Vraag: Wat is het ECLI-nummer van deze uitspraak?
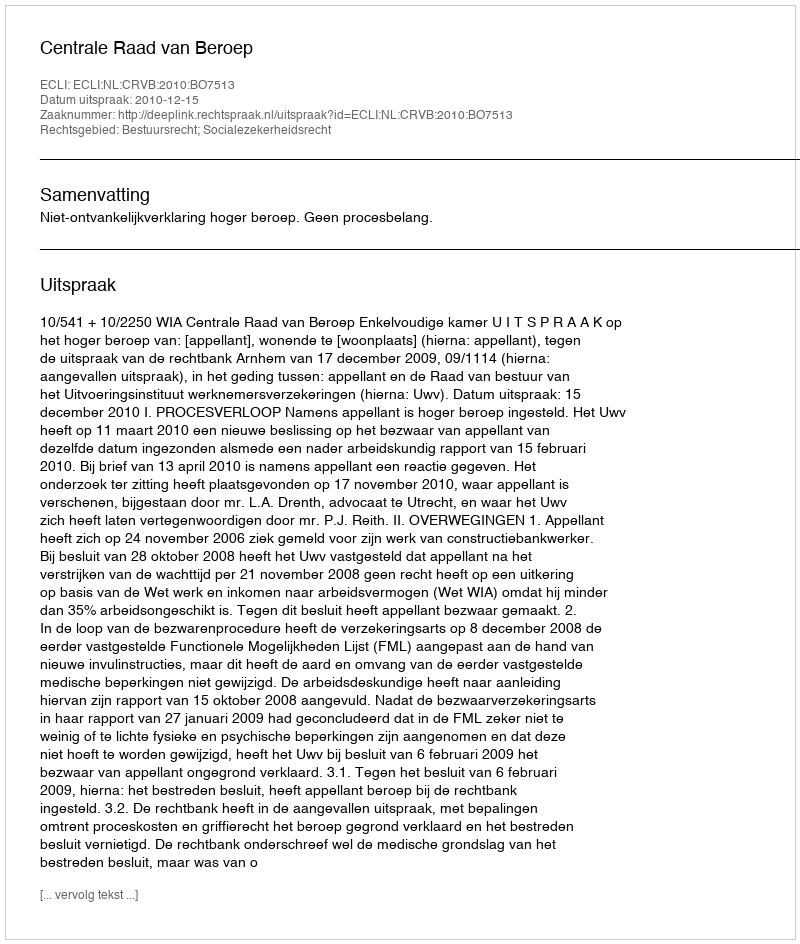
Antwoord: ECLI:NL:CRVB:2010:BO7513